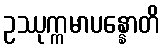
ဥဿုက္ကမာပန္နောတိ